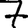
Digit: 7